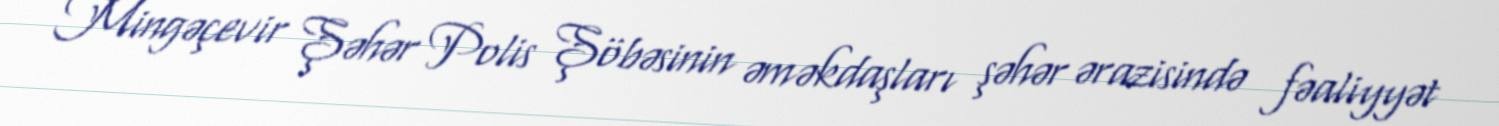
Mingəçevir Şəhər Polis Şöbəsinin əməkdaşları şəhər ərazisində fəaliyyət